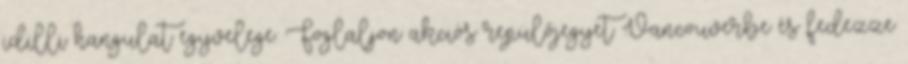
idilli hangulat egyvelege. Foglaljon akciós repülőjegyet Vancouverbe és fedezze